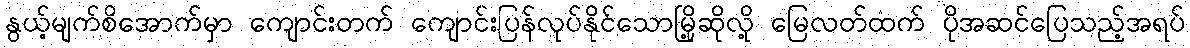
နွယ့်မျက်စိအောက်မှာ ကျောင်းတက် ကျောင်းပြန်လုပ်နိုင်သောမြို့ဆိုလို့ မြေလတ်ထက် ပိုအဆင်ပြေသည့်အရပ်